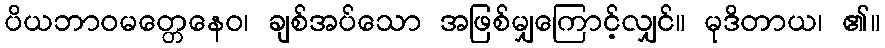
ပိယဘာဝမတ္တေနေဝ၊ ချစ်အပ်သော အဖြစ်မျှကြောင့်လျှင်။ မုဒိတာယ၊ ၏။